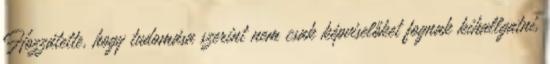
Hozzátette, hogy tudomása szerint nem csak képviselőket fognak kihallgatni,